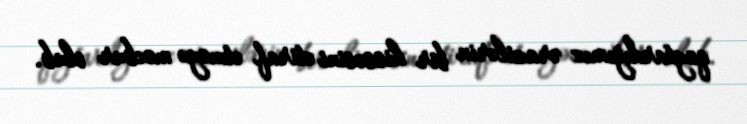
qaytardığımız ərazilərin bir hissəsini etiraf etməyə məcbur olub.